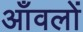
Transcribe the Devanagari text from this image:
आँवलों